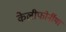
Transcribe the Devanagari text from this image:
केलीफोर्नीया